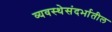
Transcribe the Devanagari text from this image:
व्यवस्थेसंदर्भातील